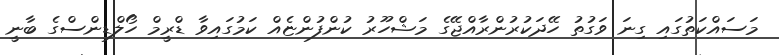
މަސައްކަތުގައި ގިނަ ވަގުތު ހޭދަކުރުންރާއްޖޭގެ މަޝްހޫރު ކުންފުންޏެއް ކަމުގައިވާ ޑްރީމް ހޯލްޑިންސްގެ ބާނީ